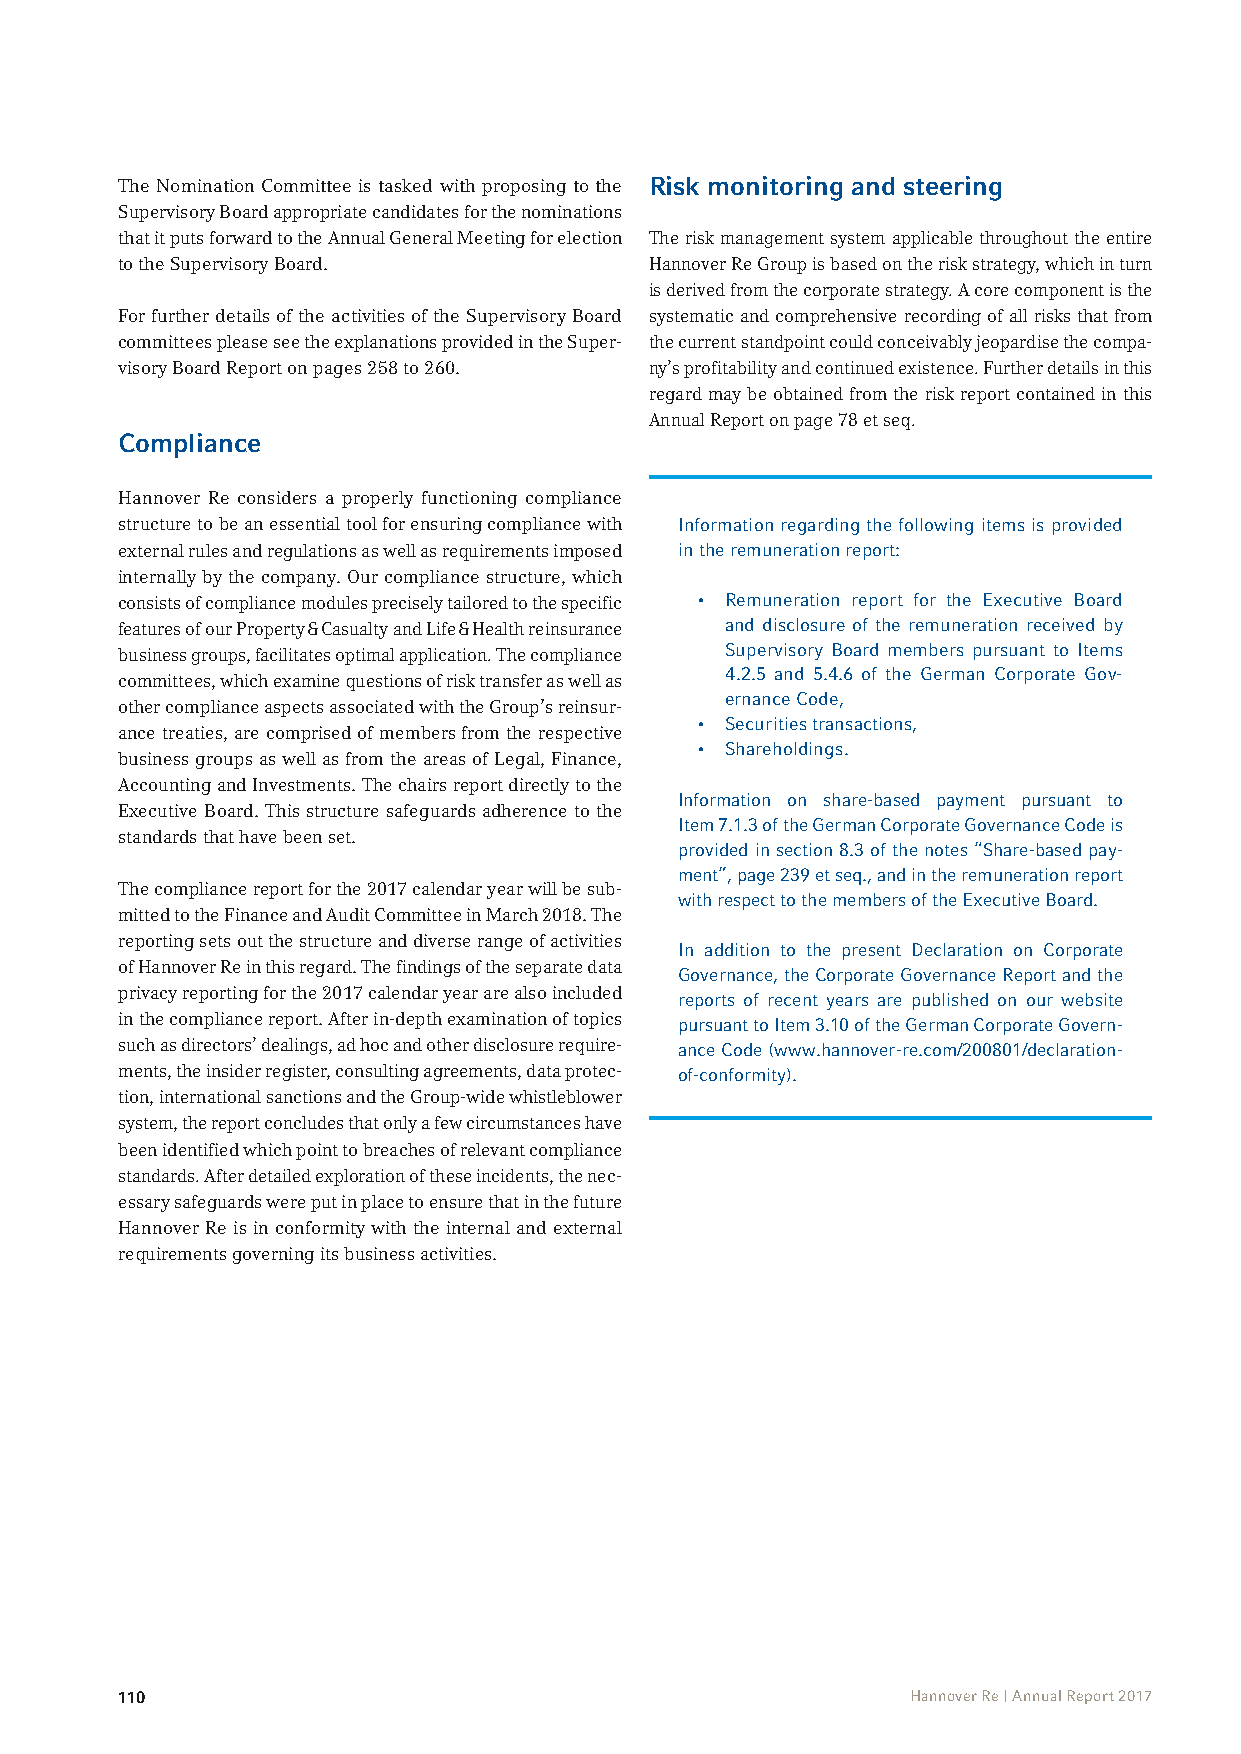
The Nomination Committee is tasked with proposing to the Risk monitoring and steering
 Supervisory Board appropriate candidates for the nominations
 that it puts forward to the Annual General Meeting for election The risk management system applicable throughout the entire
 to the Supervisory Board.          Hannover Re Group is based on the risk strategy, which in turn
 is derived from the corporate strategy. A core component is the
 For further details of the activities of the Supervisory Board systematic and comprehensive recording of all risks that from
 committees please see the explanations provided in the Super- the current standpoint could conceivably jeopardise the compa-
 visory Board Report on pages 258 to 260. ny’s profitability and continued existence. Further details in this
 regard may be obtained from the risk report contained in this
 Annual Report on page 78 et seq.
 Compliance
 Hannover Re considers a properly functioning compliance
 structure to be an essential tool for ensuring compliance with Information regarding the following items is provided
 external rules and regulations as well as requirements imposed in the remuneration report:
 internally by the company. Our compliance structure, which
 consists of compliance modules precisely tailored to the specific • Remuneration report for the Executive Board
 features of our Property & Casualty and Life & Health reinsurance and disclosure of the remuneration received by
 business groups, facilitates optimal application. The compliance Supervisory Board members pursuant to Items
 4.2.5 and 5.4.6 of the German Corporate Gov-
 committees, which examine questions of risk transfer as well as
 ernance Code,
 other compliance aspects associated with the Group’s reinsur-
 • Securities transactions,
 ance treaties, are comprised of members from the respective
 • Shareholdings.
 business groups as well as from the areas of Legal, Finance,
 Accounting and Investments. The chairs report directly to the
 Information on share-based payment pursuant to
 Executive Board. This structure safeguards adherence to the
 Item 7.1.3 of the German Corporate Governance Code is
 standards that have been set.
 provided in section 8.3 of the notes “Share-based pay-
 ment”, page 239 et seq., and in the remuneration report
 The compliance report for the 2017 calendar year will be sub-
 with respect to the members of the Executive Board.
 mitted to the Finance and Audit Committee in March 2018. The
 reporting sets out the structure and diverse range of activities
 In addition to the present Declaration on Corporate
 of Hannover Re in this regard. The findings of the separate data
 Governance, the Corporate Governance Report and the
 privacy reporting for the 2017 calendar year are also included reports of recent years are published on our website
 in the compliance report. After in-depth examination of topics pursuant to Item 3.10 of the German Corporate Govern-
 such as directors’ dealings, ad hoc and other disclosure require- ance Code (www.hannover-re.com/200801/declaration-
 ments, the insider register, consulting agreements, data protec- of-conformity).
 tion, international sanctions and the Group-wide whistleblower
 system, the report concludes that only a few circumstances have
 been identified which point to breaches of relevant compliance
 standards. After detailed exploration of these incidents, the nec-
 essary safeguards were put in place to ensure that in the future
 Hannover Re is in conformity with the internal and external
 requirements governing its business activities.
 110                                                 Hannover Re | Annual Report 2017